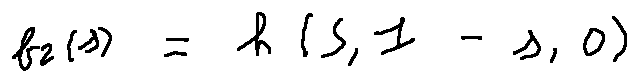
f _ { 2 } ( s ) = h ( s , 1 - s , 0 )